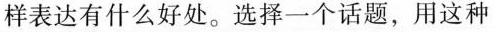
样表达有什么好处。选择一个话题，用这种